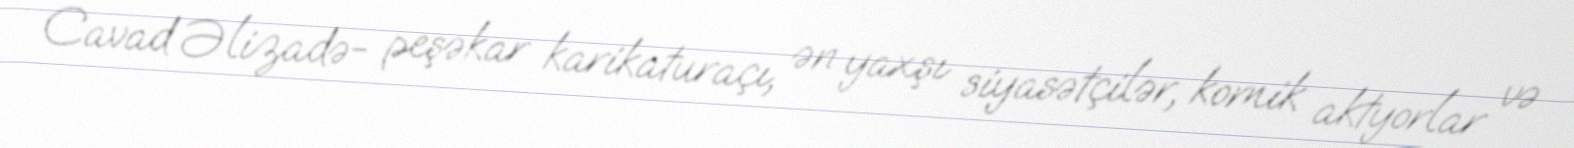
Cavad Əlizadə- peşəkar karikaturaçı, ən yaxşı siyasətçilər, komik aktyorlar və